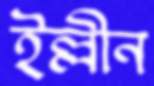
ইল্লীন